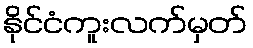
နိုင်ငံကူးလက်မှတ်